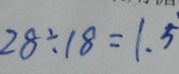
2 8 \div 1 8 = 1 . \dot { 5 }